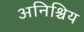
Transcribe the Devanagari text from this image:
अनिश्चिय